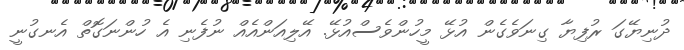
ދުނިޔޭގަ ރުފިޔާ ގިނަވެގެން އުޅޭ މީހުންވެސްއުޅޭ. އޭލިއަންއެއް ނުފެނި އެ ހުންނަގޮތް އެނގުނީ